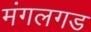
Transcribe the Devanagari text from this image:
मंगलगड